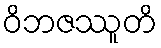
ဝိဘဇဿူတိ